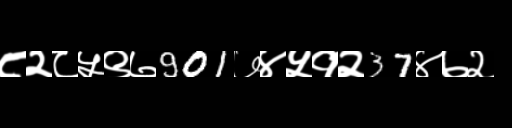
Text: ८२८५९७901७४५१२37४७२